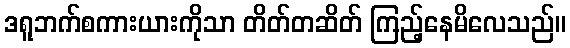
ဒရူဘက်စကားယားကိုသာ တိတ်တဆိတ် ကြည့်နေမိလေသည်။